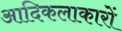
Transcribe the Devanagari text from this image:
आदिकलाकारों